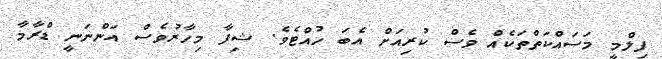
ފިލްމީ މަސައްކަތްތަކެއް ވެސް ކުރިއަށް އެބަ ހުއްޓެވެ. ޝިފާ މިހާރުވެސް އަންނަނީ ޑްރާމާ